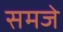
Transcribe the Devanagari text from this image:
समजे